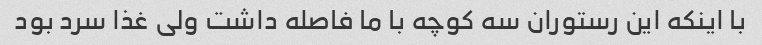
با اینکه این رستوران سه کوچه با ما فاصله داشت ولی غذا سرد بود